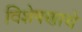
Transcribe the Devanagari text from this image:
विशेषणाचे